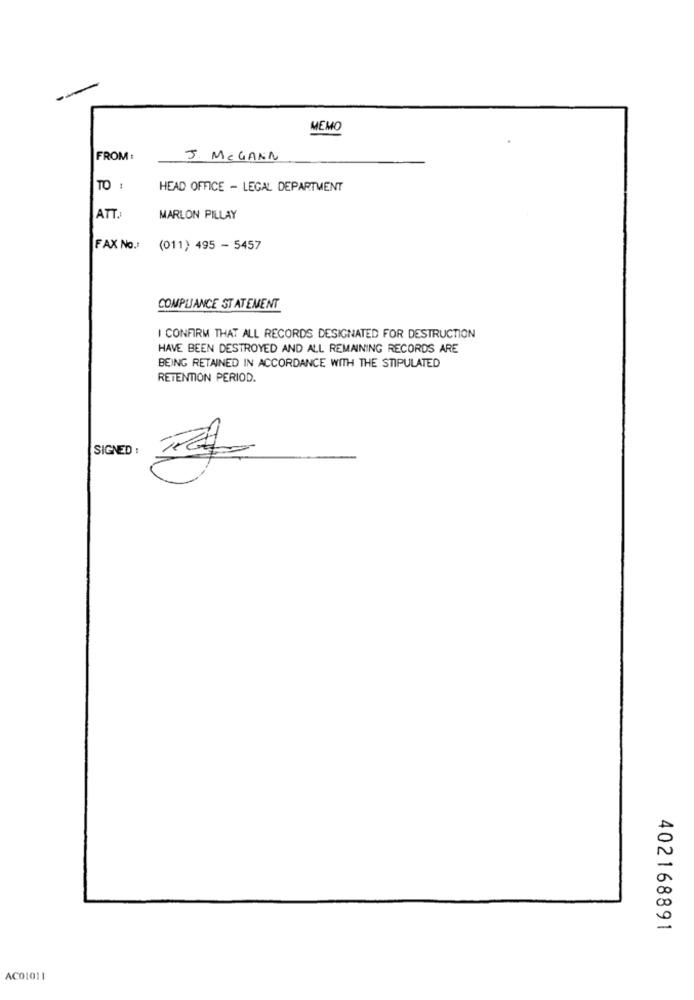
MEMO
FROM :
J. MCGANN
TO :
HEAD OFFICE - LEGAL DEPARTMENT
ATT.
MARLON PILLAY
FAX No .: (011) 495 - 5457
COMPLIANCE STATEMENT
I CONFIRM THAT ALL RECORDS DESIGNATED FOR DESTRUCTION
HAVE BEEN DESTROYED AND ALL REMAINING RECORDS ARE
BEING RETAINED IN ACCORDANCE WITH THE STIPULATED
RETENTION PERIOD.
SIGNED :
402168891
AC01011